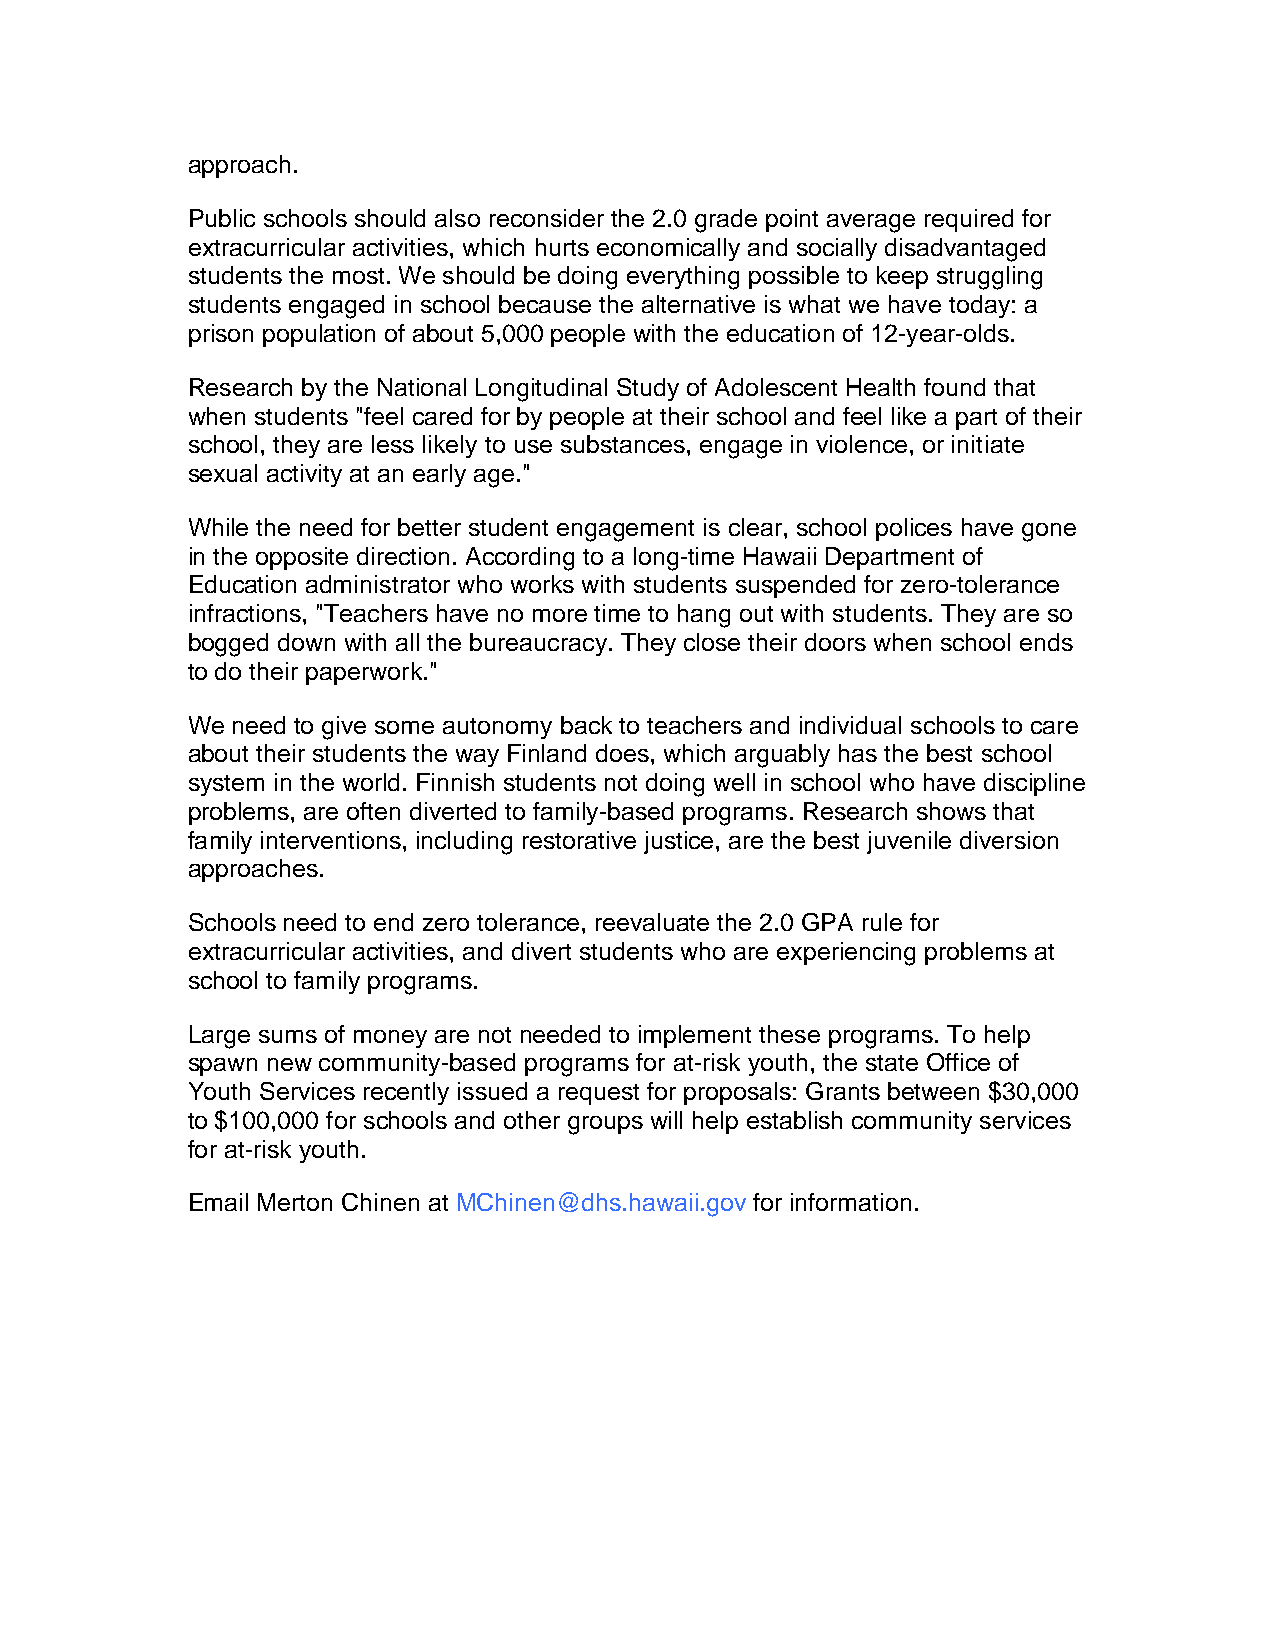
approach.
 Public schools should also reconsider the 2.0 grade point average required for
 extracurricular activities, which hurts economically and socially disadvantaged
 students the most. We should be doing everything possible to keep struggling
 students engaged in school because the alternative is what we have today: a
 prison population of about 5,000 people with the education of 12-year-olds.
 Research by the National Longitudinal Study of Adolescent Health found that
 when students "feel cared for by people at their school and feel like a part of their
 school, they are less likely to use substances, engage in violence, or initiate
 sexual activity at an early age."
 While the need for better student engagement is clear, school polices have gone
 in the opposite direction. According to a long-time Hawaii Department of
 Education administrator who works with students suspended for zero-tolerance
 infractions, "Teachers have no more time to hang out with students. They are so
 bogged down with all the bureaucracy. They close their doors when school ends
 to do their paperwork."
 We need to give some autonomy back to teachers and individual schools to care
 about their students the way Finland does, which arguably has the best school
 system in the world. Finnish students not doing well in school who have discipline
 problems, are often diverted to family-based programs. Research shows that
 family interventions, including restorative justice, are the best juvenile diversion
 approaches.
 Schools need to end zero tolerance, reevaluate the 2.0 GPA rule for
 extracurricular activities, and divert students who are experiencing problems at
 school to family programs.
 Large sums of money are not needed to implement these programs. To help
 spawn new community-based programs for at-risk youth, the state Office of
 Youth Services recently issued a request for proposals: Grants between $30,000
 to $100,000 for schools and other groups will help establish community services
 for at-risk youth.
 Email Merton Chinen at MChinen@dhs.hawaii.gov for information.